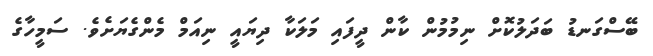
ބޭސްގަނޑު ބަދަލުކޮށް ނިމުމުން ކާން ދީފައި މަލަކާ ދިޔައީ ނިއަމް މެންގެޔަށެވެ. ސަމީހާގެ